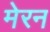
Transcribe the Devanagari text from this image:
मेरन